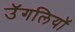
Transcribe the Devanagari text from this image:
उॅगलियाॅ